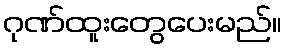
ဂုဏ်ထူးတွေပေးမည်။